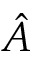
\hat { A }